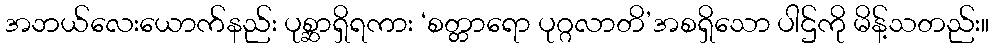
အဘယ်လေးယောက်နည်း ပုစ္ဆာရှိရကား ‘စတ္တာရော ပုဂ္ဂလာတိ’အစရှိသော ပါဌ်ကို မိန့်သတည်း။